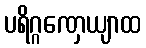
ပရိဂ္ဂဏှေယျာထ